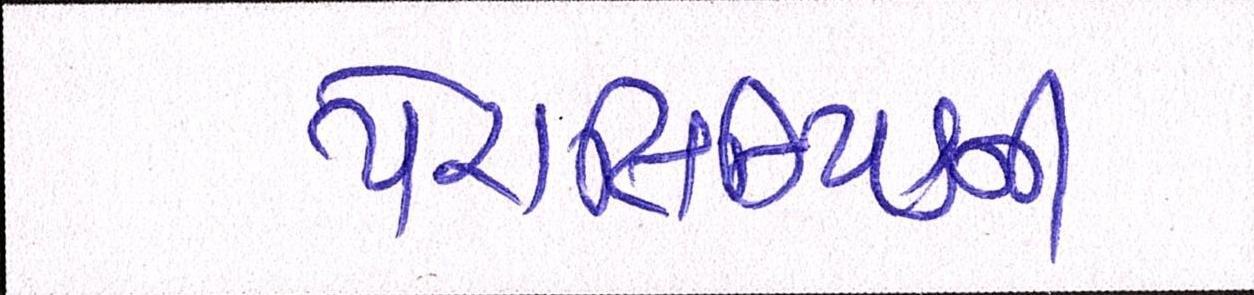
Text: પેરાલિમ્પિકની